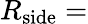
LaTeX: R_{\mathrm{side}}=